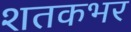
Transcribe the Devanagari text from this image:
शतकभर